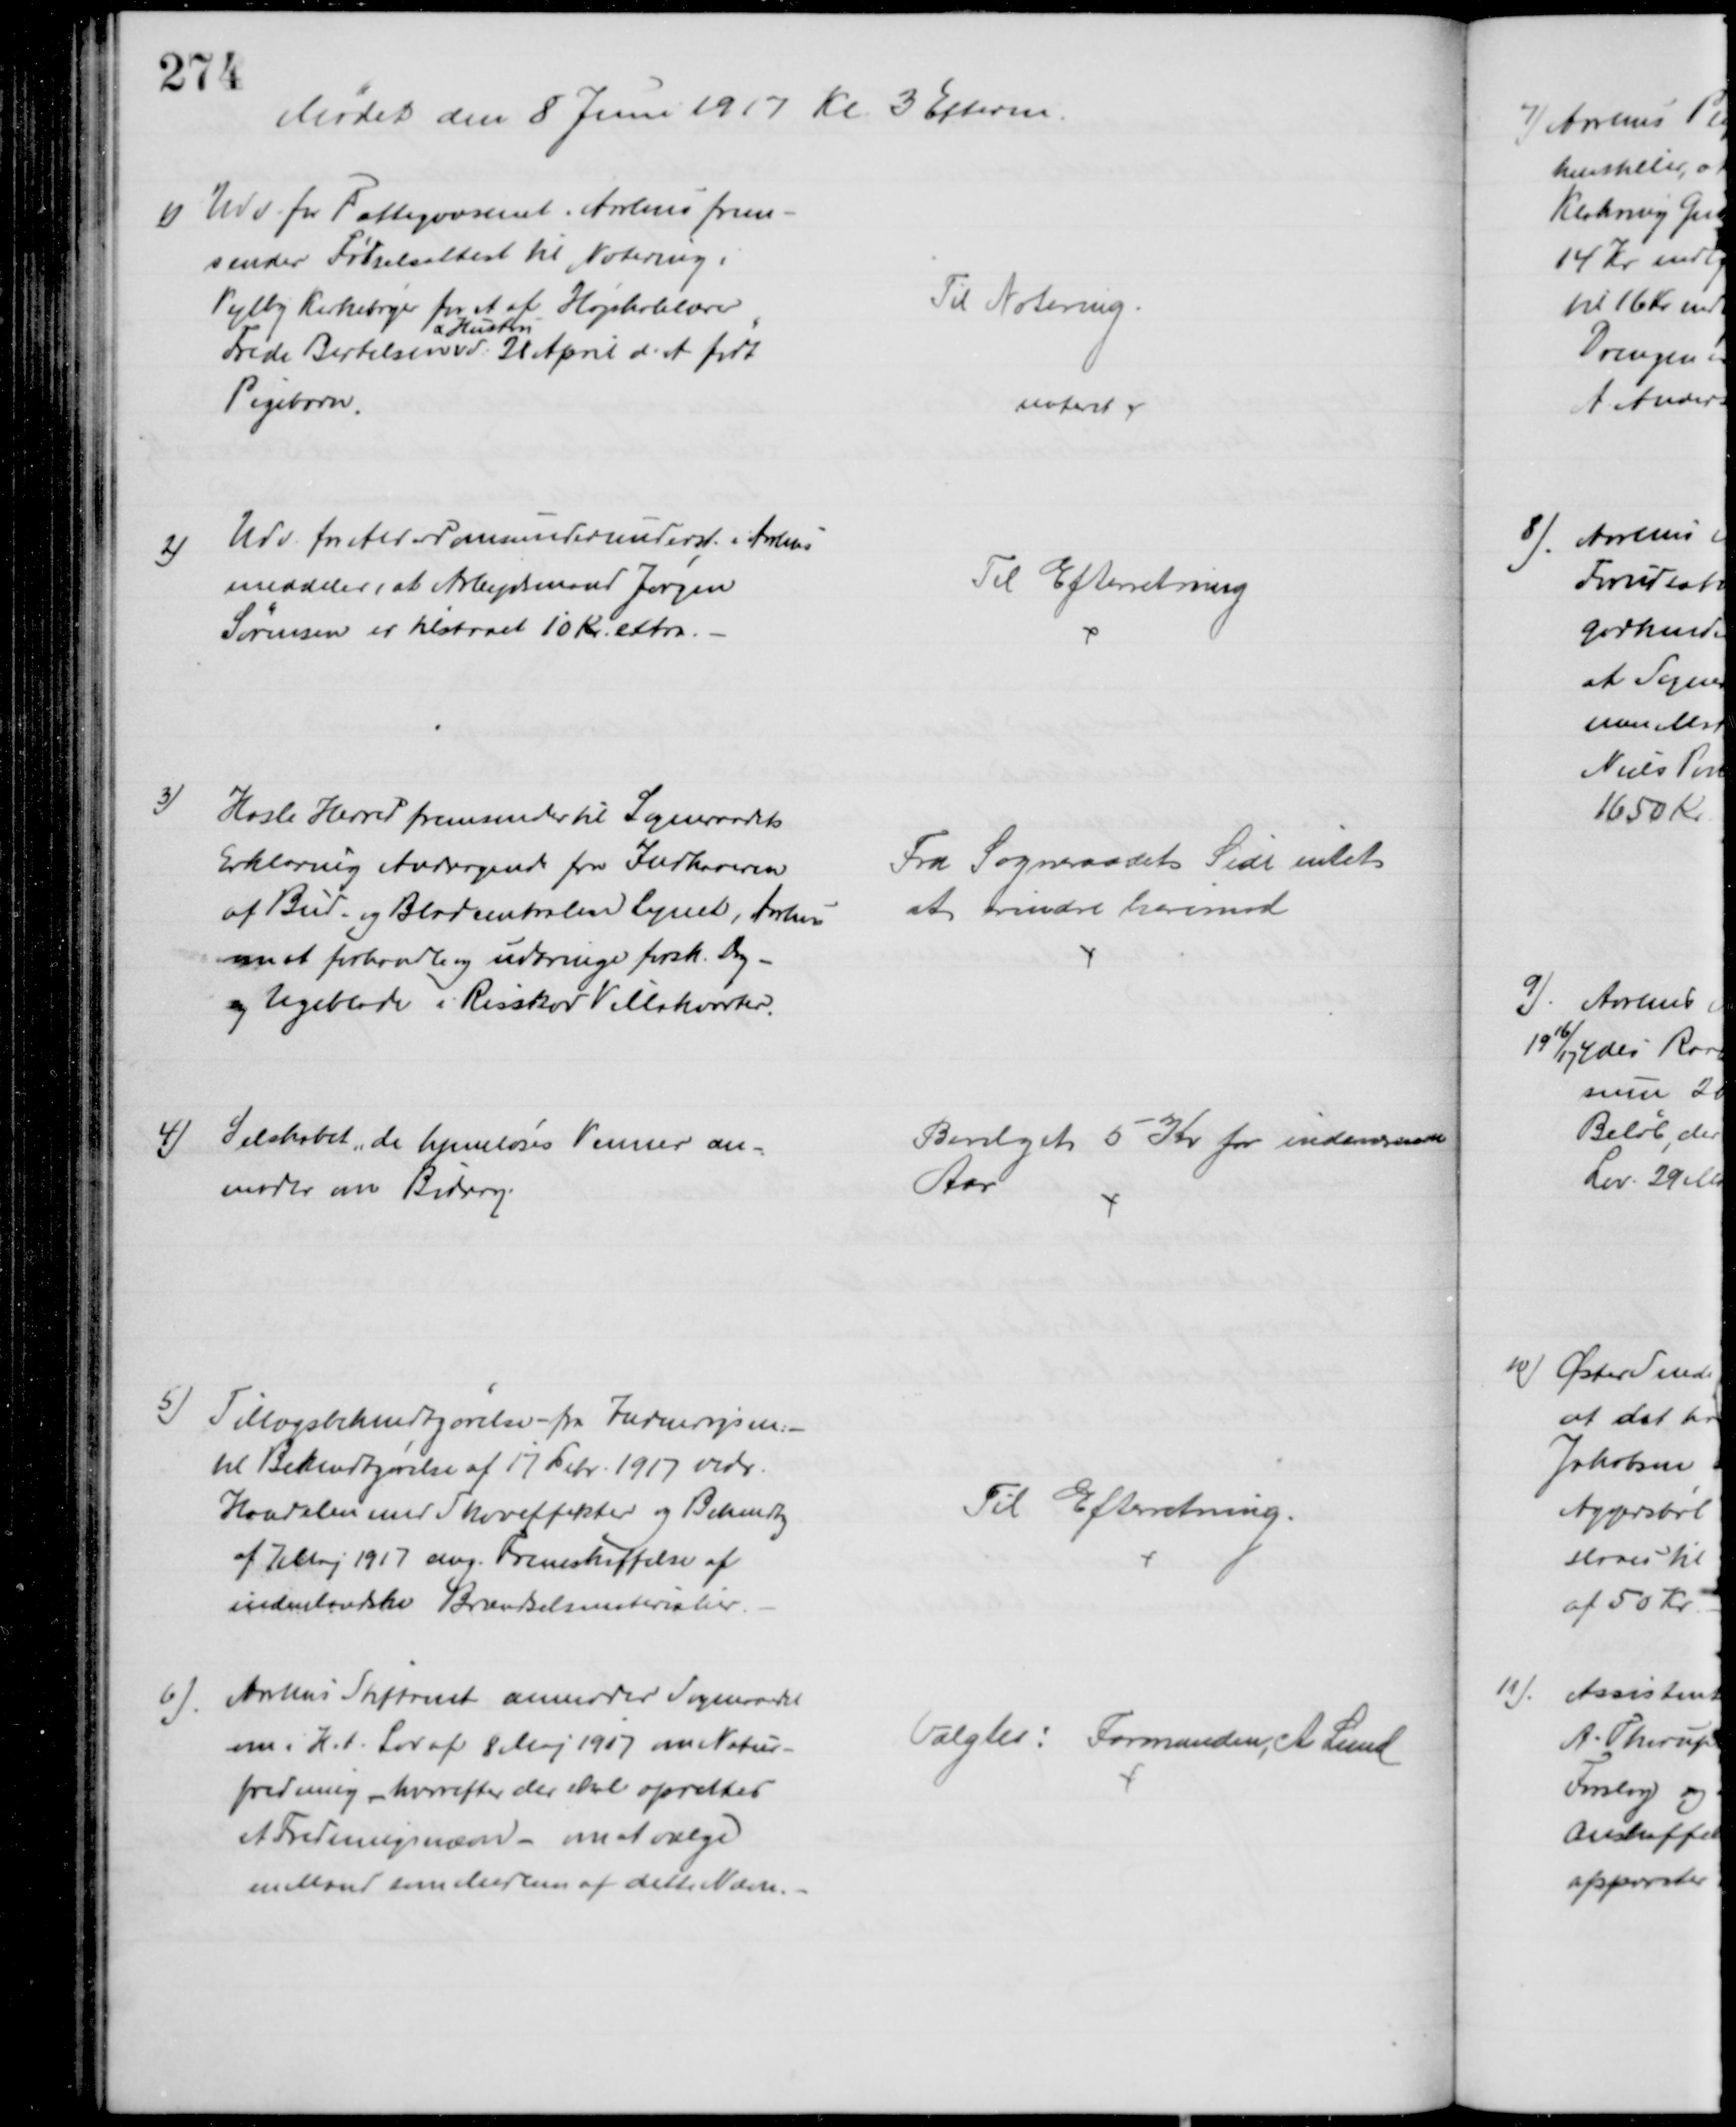
Transskription:
Mødet den 8 Juni 1917 Kl. 3 Efterm.
1) Udv. for Fattigvæsenet i Århus frem-
sender Fødselsattest til Notering i
Vejlby Kirkebøger for et af Højskolelærer
Frede Bertelsen 
& Hustru
d: 28 April d. A. født
Pigebarn.
Til Notering.
noteret 
2)
Udv. for Alderdomsunderunderst. i Aarhus
meddeler, at Arbejdsmand Jørgen
Sørensen er tilstaaet 10 Kr. extra.
Til Efterretning
3)
Hasle Herred fremsender til Sogneraadets
Erklæring Andragende fra Indhaveren
af Bud- og Bladcentralen Lynet, Aarhus
om at forhandle og udbringe forsk. Dag-
og Ugeblade i Risskov Villakvarter.
Fra Sogneraadets Side intet
at erindre herimod
4) Selskabet "de hjemløses Venner an-
moder om Bidrag.
Bevilget 5 Kr for indeværende
Aar
5)
Tillægsbekendtgørelse - fra Indenrigsm:
til Bekendtgørelse af 17 Febr. 1917 vedr.
Handelen med Skoveffekter og Bekendtg
af 7 Maj 1917 ang. Fremskaffelse af
indenlandske Brændselsmaterialier.
Til Efterretning.
6) Aarhus Stiftamt anmoder Sogneraadet
om i H.t. Lov af 8 Maj 1917 om Natur-
fredning, hvorefter der skal oprettes
et Fredningsnævn - om at vælge
en Mand som Medlem af dette Nævn.
Valgtes: Formanden, A Lund